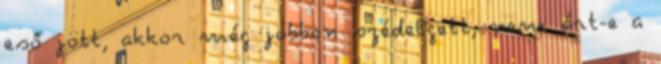
eső jött, akkor még jobban szédelgett, nem árt-e a